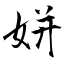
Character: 姘